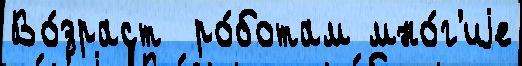
Во́зраст  ро́ботам мно́г'иjе